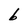
Character: b